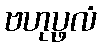
ဗဟုပ္ဖလံ